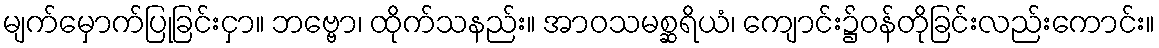
မျက်မှောက်ပြုခြင်းငှာ။ ဘဗ္ဗော၊ ထိုက်သနည်း။ အာဝသမစ္ဆရိယံ၊ ကျောင်း၌ဝန်တိုခြင်းလည်းကောင်း။